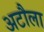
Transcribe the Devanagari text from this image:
अटौला